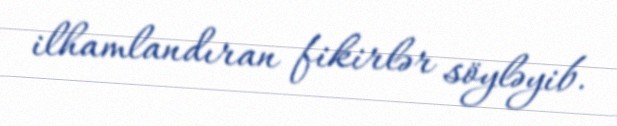
ilhamlandıran fikirlər söyləyib.